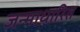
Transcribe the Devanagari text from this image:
जन्‍माधारित